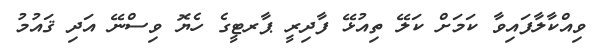
ވިއްކާލާފައިވާ ކަމަށް ކަލޭ ތިއުޅޭ ފާދިރީ ޕާރޓީގެ ހެޔޮ ވިސްނޭ އަދި ޤައުމު